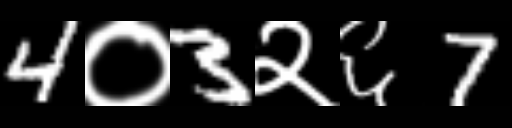
Text: 4०3२६7